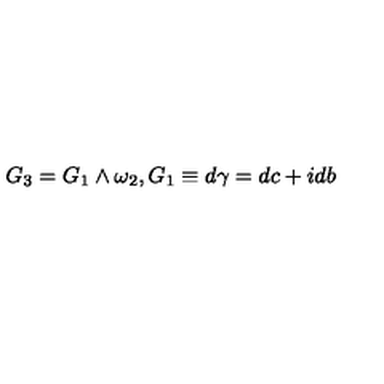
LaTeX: G _ { 3 } = G _ { 1 } \wedge \omega _ { 2 } , G _ { 1 } \equiv d \gamma = d c + i d b